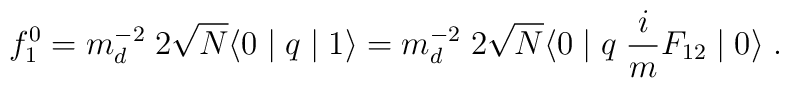
f^0_1=m_d^{-2} \; 2 \sqrt{N} \langle 0 \mid q \mid 1 \rangle =m_d^{-2} \;2 \sqrt{N} \langle 0 \mid q \; \frac{i}{m} F_{12} \mid 0 \rangle \; .